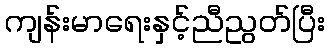
ကျန်းမာရေးနှင့်ညီညွတ်ပြီး